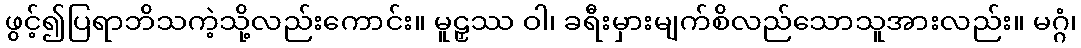
ဖွင့်၍ပြရာဘိသကဲ့သို့လည်းကောင်း။ မူဠှဿ ဝါ၊ ခရီးမှားမျက်စိလည်သောသူအားလည်း။ မဂ္ဂံ၊